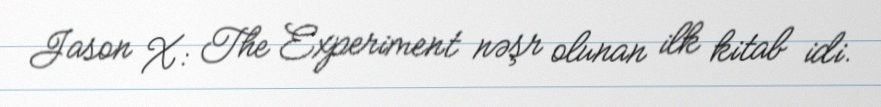
Jason X: The Experiment nəşr olunan ilk kitab idi.